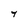
Character: 4